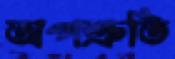
অপশ্রুতি